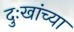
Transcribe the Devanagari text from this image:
दुःखांच्या